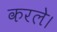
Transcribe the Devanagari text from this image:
करले।